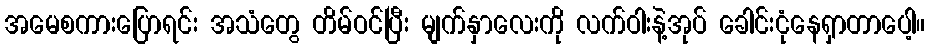
အမေစကားပြောရင်း အသံတွေ တိမ်ဝင်ပြီး မျက်နှာလေးကို လက်ဝါးနဲ့အုပ် ခေါင်းငုံနေရှာတာပေါ့။